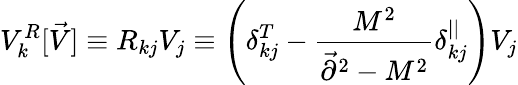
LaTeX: V_{k}^{R}[\vec{V}]\equiv R_{kj}V_{j}\equiv\left(\delta_{kj}^{T}-{\frac{M^{2}}{\vec{\partial}^{2}-M^{2}}}\delta_{kj}^{||}\right)V_{j}